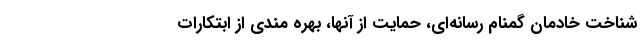
شناخت خادمان گمنام رسانه‌ای، حمایت از آنها، بهره مندی از ابتکارات